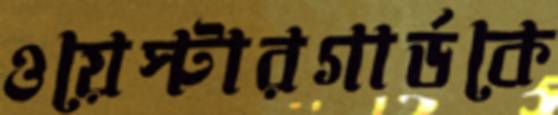
ওয়েস্টারগার্ডকে